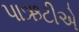
પાઋટીએ